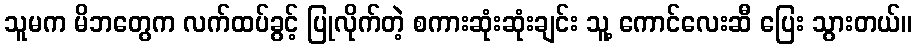
သူမက မိဘတွေက လက်ထပ်ခွင့် ပြုလိုက်တဲ့ စကားဆုံးဆုံးချင်း သူ့ ကောင်လေးဆီ ပြေး သွားတယ်။